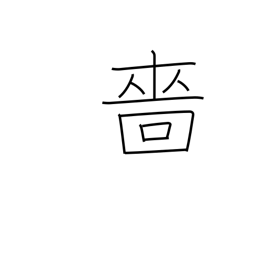
Meaning: miserly